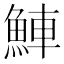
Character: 𬵒